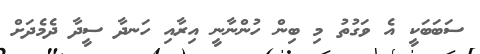
ސަބަބަކީ އެ ވަގުތު މި ބިން ހުންނާނީ އިރާއި ހަނދާ ސީދާ ދެމެދަށް